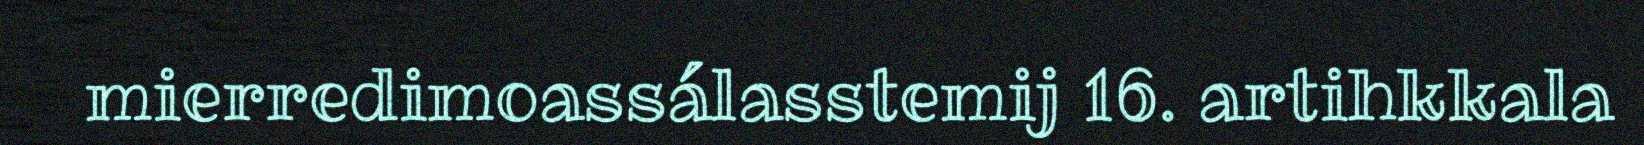
mierredimoassálasstemij 16. artihkkala